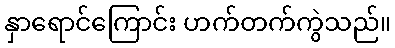
နှာရောင်ကြောင်း ဟက်တက်ကွဲသည်။